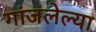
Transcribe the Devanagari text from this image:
गांजलेल्या